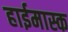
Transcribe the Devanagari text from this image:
हाईमास्क